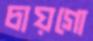
চায়গো